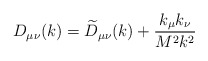
\begin{align*}D_{\mu \nu }(k)=\widetilde{D}_{\mu \nu }(k)+\frac{k_\mu k_\nu }{M^2k^2}\end{align*}